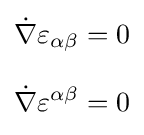
{\begin{aligned}{\dot {\nabla }}\varepsilon _{\alpha \beta }&=0\\[8pt]{\dot {\nabla }}\varepsilon ^{\alpha \beta }&=0\end{aligned}}